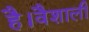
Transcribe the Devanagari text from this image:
है।वैशाली